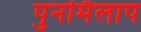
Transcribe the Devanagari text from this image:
पुनर्मिलाप